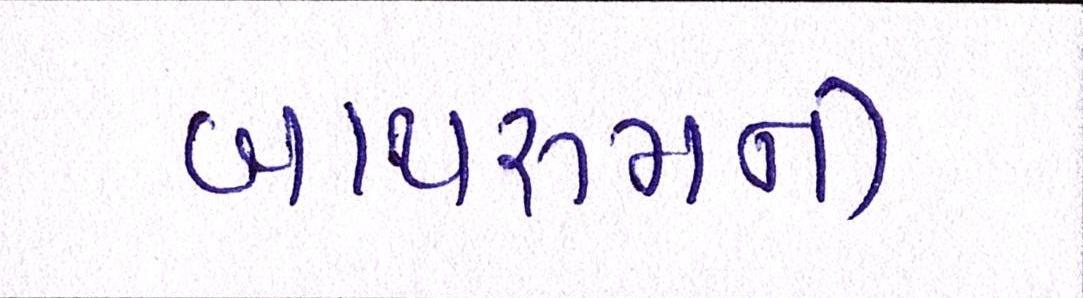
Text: બાથરૂમની